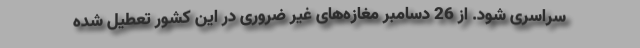
سراسری شود. از 26 دسامبر مغازه‌های غیر ضروری در این کشور تعطیل شده